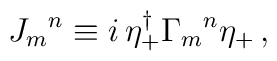
{J_{m}}^n \equiv i \, \eta^\dagger_{+} {\Gamma_m}^n\eta_+\,,